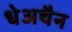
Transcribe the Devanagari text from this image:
धेअथैन